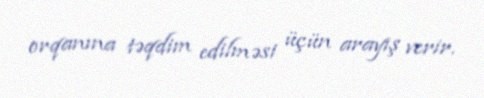
orqanına təqdim edilməsi üçün arayış verir.